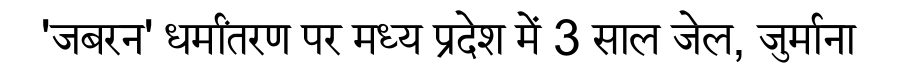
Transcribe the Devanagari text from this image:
'जबरन' धर्मांतरण पर मध्य प्रदेश में 3 साल जेल, जुर्माना